Indian journal of veterinary science and animal husbandry - Volumes 24-25, 1954-1955
Year: 1954
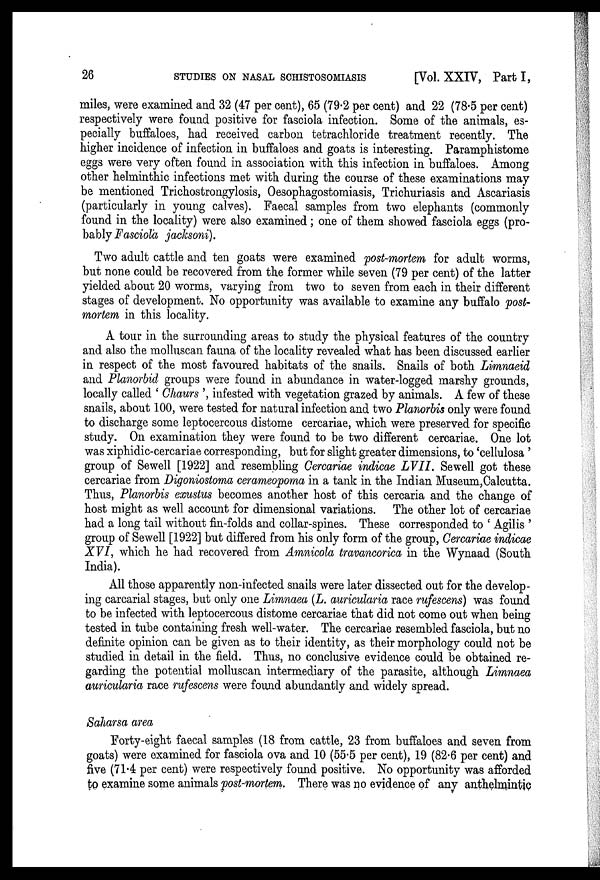
26
STUDIES ON NASAL SCHISTOSOMIASIS
[Vol. XXIV, Part I,
miles, were examined and 32 (47 per cent), 65 (79.2 per cent) and 22 (78.5 per cent)
respectively were found positive for fasciola infection. Some of the animals, es-
pecially buffaloes, had received carbon tetrachloride treatment recently. The
higher incidence of infection in buffaloes and goats is interesting. Paramphistome
eggs were very often found in association with this infection in buffaloes. Among
other helminthic infections met with during the course of these examinations may
be mentioned Trichostrongylosis, Oesophagostomiasis, Trichuriasis and Ascariasis
(particularly in young calves). Faecal samples from two elephants (commonly
found in the locality) were also examined; one of them showed fasciola eggs (pro-
bably Fasciola jacksoni).
Two adult cattle and ten goats were examined post-mortem for adult worms,
but none could be recovered from the former while seven (79 per cent) of the latter
yielded about 20 worms, varying from two to seven from each in their different
stages of development. No opportunity was available to examine any buffalo post-
mortem in this locality.
A tour in the surrounding areas to study the physical features of the country
and also the molluscan fauna of the locality revealed what has been discussed earlier
in respect of the most favoured habitats of the snails. Snails of both Limnaeid
and Planorbid groups were found in abundance in water-logged marshy grounds,
locally called 'Chaurs', infested with vegetation grazed by animals. A few of these
snails, about 100, were tested for natural infection and two Planorbis only were found
to discharge some leptocercous distome cercariae, which were preserved for specific
study. On examination they were found to be two different cercariae. One lot
was xiphidic-cercariae corresponding, but for slight greater dimensions, to 'cellulosa'
group of Sewell [1922] and resembling Cercariae indicae LVII. Sewell got these
cercariae from Digoniostoma cerameopoma in a tank in the Indian Museum,Calcutta.
Thus, Planorbis exustus becomes another host of this cercaria and the change of
host might as well account for dimensional variations. The other lot of cercariae
had a long tail without fin-folds and collar-spines. These corresponded to 'Agilis'
group of Sewell [1922] but differed from his only form of the group, Cercariae indicae
XVI, which he had recovered from Amnicola travancorica in the Wynaad (South
India).
All those apparently non-infected snails were later dissected out for the develop-
ing carcarial stages, but only one Limnaea (L. auricularia race rufescens) was found
to be infected with leptocercous distome cercariae that did not come out when being
tested in tube containing fresh well-water. The cercariae resembled fasciola, but no
definite opinion can be given as to their identity, as their morphology could not be
studied in detail in the field. Thus, no conclusive evidence could be obtained re-
garding the potential molluscan intermediary of the parasite, although Limnaea
auricularia race rufescens were found abundantly and widely spread.
Saharsa area
Forty-eight faecal samples (18 from cattle, 23 from buffaloes and seven from
goats) were examined for fasciola ova and 10 (55.5 per cent), 19 (82.6 per cent) and
five (71.4 per cent) were respectively found positive. No opportunity was afforded
to examine some animals post-mortem. There was no evidence of any anthelmintic